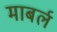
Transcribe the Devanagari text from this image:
माबर्ल